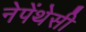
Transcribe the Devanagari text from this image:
नेपेंथेसी